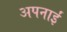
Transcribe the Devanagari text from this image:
अपनाईं